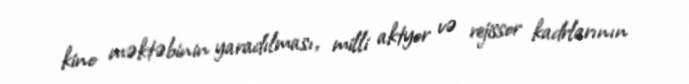
kino məktəbinin yaradılması, milli aktyor və rejissor kadrlarının